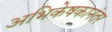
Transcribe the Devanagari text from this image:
अभिकेषकानंतर